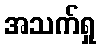
အသက်ရှု